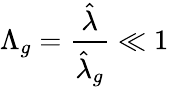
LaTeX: \Lambda_{g}=\frac{\hat{\lambda}}{\hat{\lambda}_{g}}\ll 1